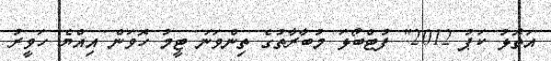
އަތޮޅު ކަޕު 2012" ފުޓްބޯޅަ މުބާރާތުގެ ތިންވަނަ ޓީމު ހޮވަން އިއްޔެ ހަވީރު